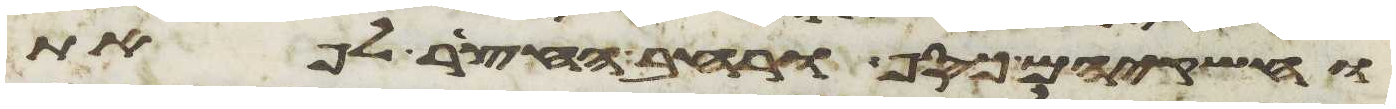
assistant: וחשקיהם כסף ורחב החצר לפאת